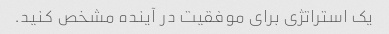
یک استراتژی برای موفقیت در آینده مشخص کنید.